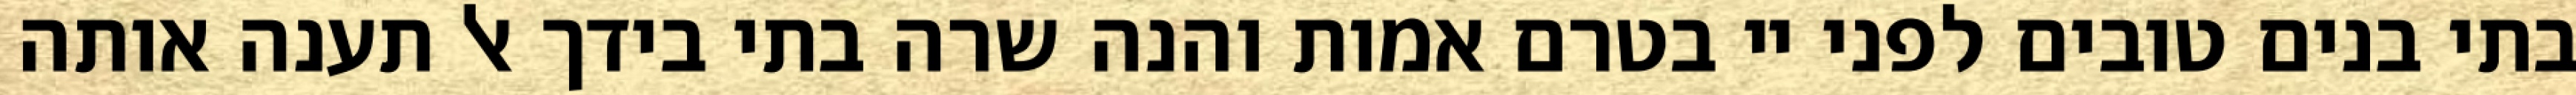
בתי בנים טובים לפני יי בטרם אמות והנה שרה בתי בידך אל תענה אותה